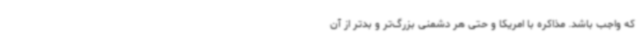
که واجب باشد. مذاکره با امریکا و حتی هر دشمنی بزرگ‌تر و بدتر از آن